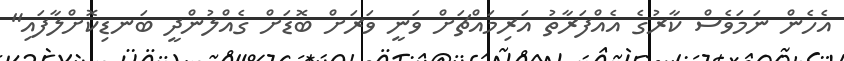
އެހެން ނަމަވެސް ކާރުގެ އެއްފަރާތު އަރިމައްޗަށް ވަނީ ވަރަށް ބޮޑަށް ގެއްލުންދީ ބަނޑިކޮށްލާފައި"